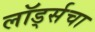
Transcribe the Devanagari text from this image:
लॉर्ड्सचा